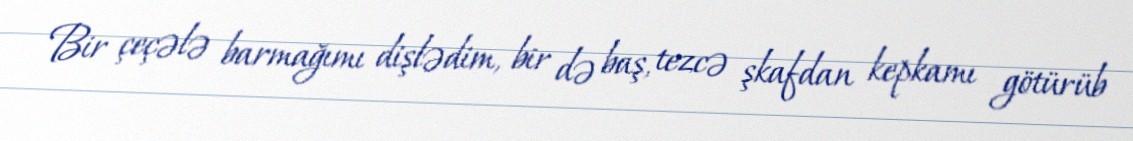
Bir çeçələ barmağımı dişlədim, bir də baş, tezcə şkafdan kepkamı götürüb